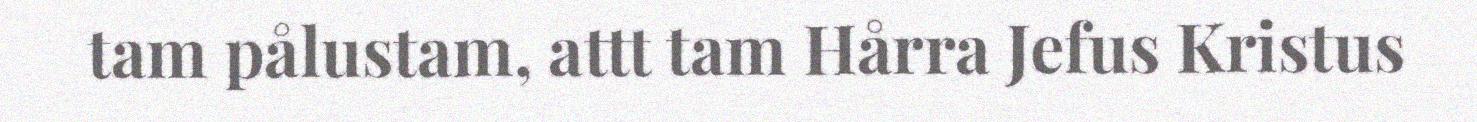
tam pålustam, attt tam Hårra Jefus Kristus